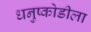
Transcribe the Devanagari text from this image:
धनुष्कोडीला